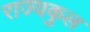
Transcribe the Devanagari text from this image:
राज्यकुल